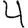
Digit: 4